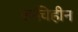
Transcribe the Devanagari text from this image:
रूचिहीन